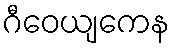
ဂီဝေယျကေန